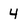
Character: 4